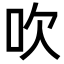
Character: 吹